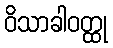
ဝိသာခါဝတ္ထု